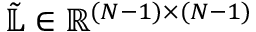
\tilde { \mathbb { L } } \in \mathbb { R } ^ { ( N - 1 ) \times ( N - 1 ) }